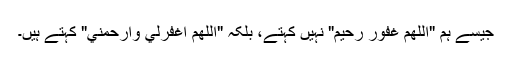
جیسے ہم "اللهم غفور رحيم" نہیں کہتے، بلکہ "اللهم اغفرلي وارحمني" کہتے ہیں۔